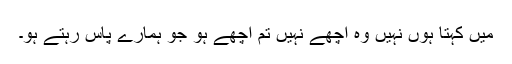
مَیں کہتا ہوں نہیں وہ اچھے نہیں تم اچھے ہو جو ہمارے پاس رہتے ہو۔